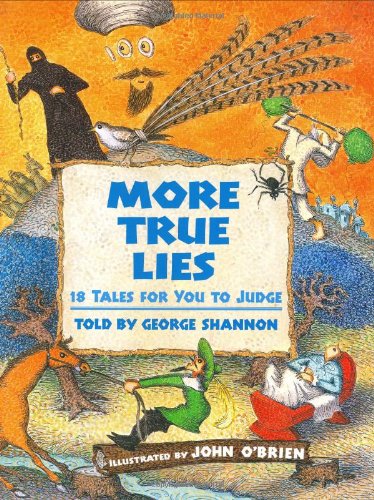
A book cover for More True Lies: 18 Tales for You to Judge; George Shannon; Children's Books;